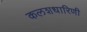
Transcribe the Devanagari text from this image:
कलशधारिणी